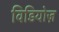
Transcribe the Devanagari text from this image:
विडियोज़